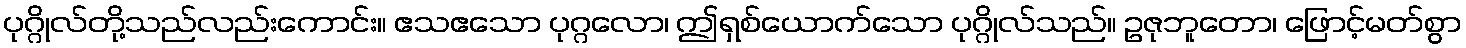
ပုဂ္ဂိုလ်တို့သည်လည်းကောင်း။ ဧသဧသော ပုဂ္ဂလော၊ ဤရှစ်ယောက်သော ပုဂ္ဂိုလ်သည်။ ဥဇုဘူတော၊ ဖြောင့်မတ်စွာ